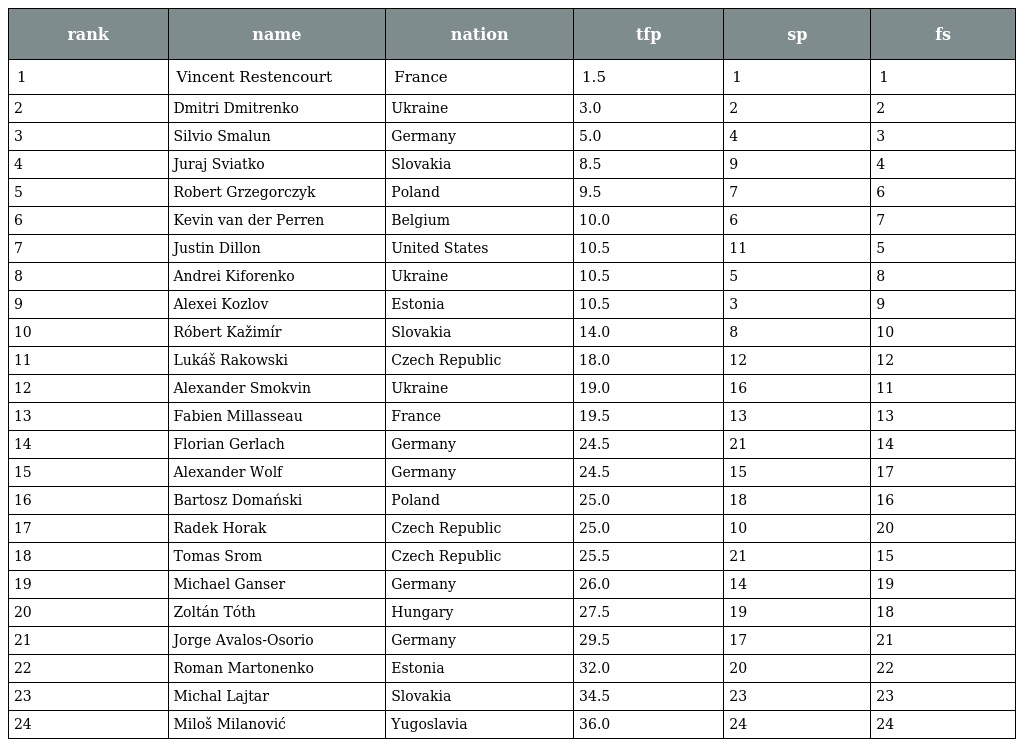
| rank | name | nation | tfp | sp | fs |
 | --- | --- | --- | --- | --- | --- |
 | 1 | Vincent Restencourt | France | 1.5 | 1 | 1 |
 | 2 | Dmitri Dmitrenko | Ukraine | 3.0 | 2 | 2 |
 | 3 | Silvio Smalun | Germany | 5.0 | 4 | 3 |
 | 4 | Juraj Sviatko | Slovakia | 8.5 | 9 | 4 |
 | 5 | Robert Grzegorczyk | Poland | 9.5 | 7 | 6 |
 | 6 | Kevin van der Perren | Belgium | 10.0 | 6 | 7 |
 | 7 | Justin Dillon | United States | 10.5 | 11 | 5 |
 | 8 | Andrei Kiforenko | Ukraine | 10.5 | 5 | 8 |
 | 9 | Alexei Kozlov | Estonia | 10.5 | 3 | 9 |
 | 10 | Róbert Kažimír | Slovakia | 14.0 | 8 | 10 |
 | 11 | Lukáš Rakowski | Czech Republic | 18.0 | 12 | 12 |
 | 12 | Alexander Smokvin | Ukraine | 19.0 | 16 | 11 |
 | 13 | Fabien Millasseau | France | 19.5 | 13 | 13 |
 | 14 | Florian Gerlach | Germany | 24.5 | 21 | 14 |
 | 15 | Alexander Wolf | Germany | 24.5 | 15 | 17 |
 | 16 | Bartosz Domański | Poland | 25.0 | 18 | 16 |
 | 17 | Radek Horak | Czech Republic | 25.0 | 10 | 20 |
 | 18 | Tomas Srom | Czech Republic | 25.5 | 21 | 15 |
 | 19 | Michael Ganser | Germany | 26.0 | 14 | 19 |
 | 20 | Zoltán Tóth | Hungary | 27.5 | 19 | 18 |
 | 21 | Jorge Avalos-Osorio | Germany | 29.5 | 17 | 21 |
 | 22 | Roman Martonenko | Estonia | 32.0 | 20 | 22 |
 | 23 | Michal Lajtar | Slovakia | 34.5 | 23 | 23 |
 | 24 | Miloš Milanović | Yugoslavia | 36.0 | 24 | 24 |